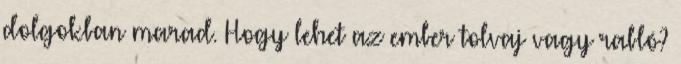
dolgokban marad. Hogy lehet az ember tolvaj vagy rabló?